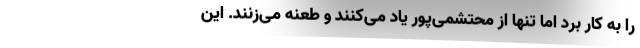
را به کار برد اما تنها از محتشمی‌پور یاد می‌کنند و طعنه می‌زنند. این